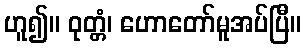
ဟူ၍။ ဝုတ္တံ၊ ဟောတော်မူအပ်ပြီ။